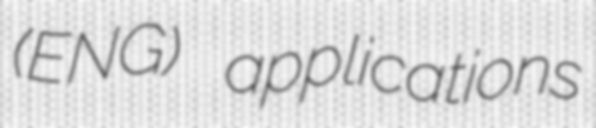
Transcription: (ENG) applications